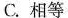
C.相等